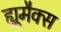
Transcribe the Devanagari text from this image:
ह्यूमैक्स